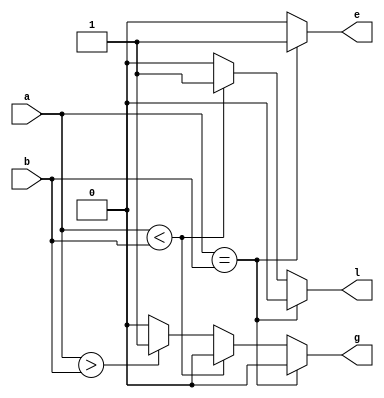
module comparator(a,b,l,g,e);
	input [1:0]a,b;
	output reg e,l,g;
	always @(a,b)
	begin
		if (a==b) {e,l,g}=3'b100;
		else if (a<b) {e,l,g}=3'b010;
		else if (a>b) {e,l,g}=3'b001;
		else {e,l,g}=3'b000;
	end
endmodule